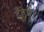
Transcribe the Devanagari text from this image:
ढूँढ़ेगे।